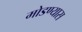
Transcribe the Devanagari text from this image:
मोडण्यास